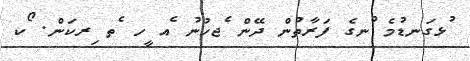
ުޅގަނޑުމެ ްނގެ ފަރާތުން ދޭން ެޖހުނު ެއ ީހ ެތ ިރކަން. ޯކ